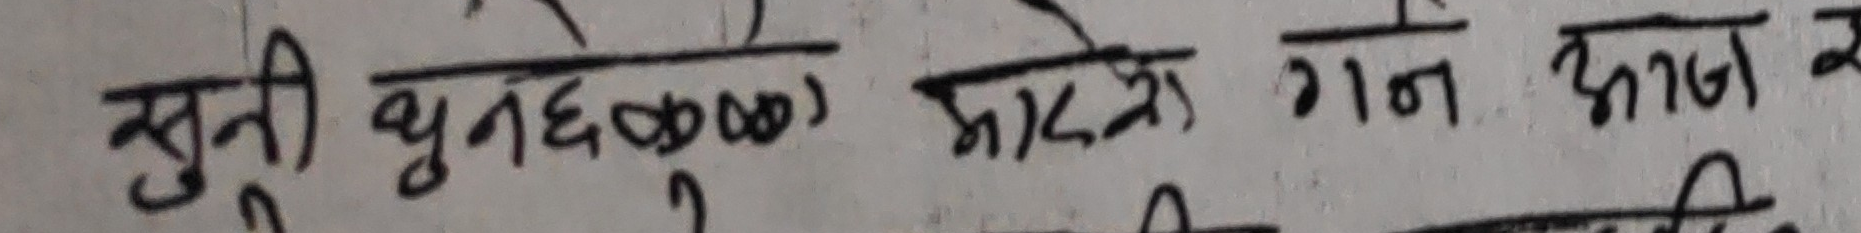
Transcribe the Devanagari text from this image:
स्तुती धुनछोड्नु गर्ने गान आज र